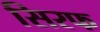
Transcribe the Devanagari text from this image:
सिरफ